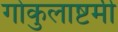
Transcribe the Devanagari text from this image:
गोकुलाष्टमी